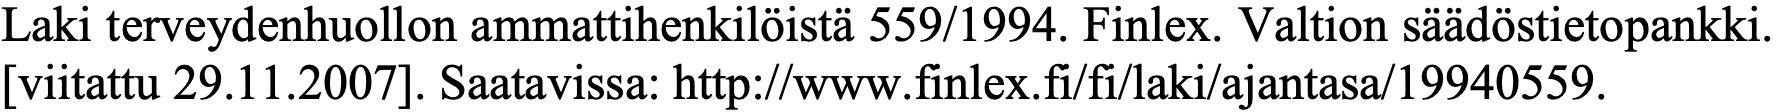
Laki terveydenhuollon ammattihenkilöistä 559/1994. Finlex. Valtion säädöstietopankki. [viitattu 29.11.2007]. Saatavissa: http://www.finlex.fi/fi/laki/ajantasa/19940559.